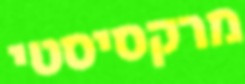
מרקסיסטי